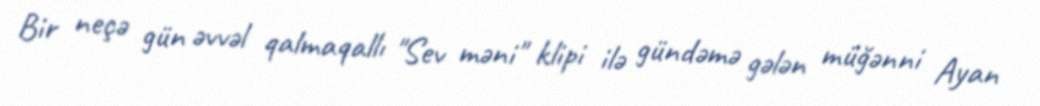
Bir neçə gün əvvəl qalmaqallı "Sev məni" klipi ilə gündəmə gələn müğənni Ayan